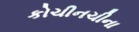
કોચીનચીના